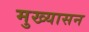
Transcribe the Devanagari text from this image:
मुख्यासन